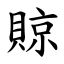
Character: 䝶